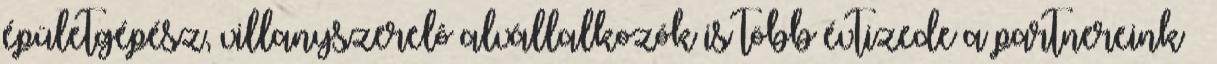
épületgépész, villanyszerelô alvállalkozók is több évtizede a partnereink –